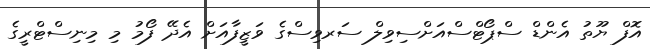
އޮފް ޔޫތު އެންޑް ސްޕޯޓްސްއަށްސިވިލް ސަރވިސްގެ ވަޒީފާއަށް އެދޭ ފޯމު މި މިނިސްޓްރީގެ